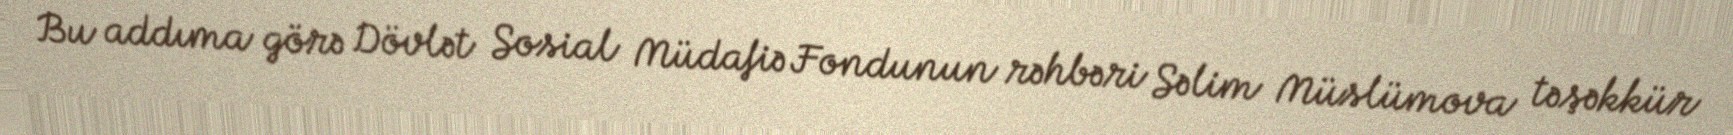
Bu addıma görə Dövlət Sosial Müdafiə Fondunun rəhbəri Səlim Müslümova təşəkkür